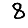
Digit: 8